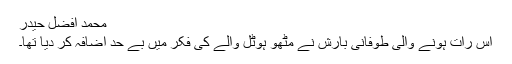
محمد افضل حیدر
اس رات ہونے والی طوفانی بارش نے مٹھو ہوٹل والے کی فکر میں بے حد اضافہ کر دیا تھا۔